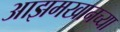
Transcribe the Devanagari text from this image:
आझमखानच्या